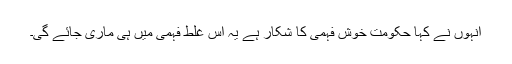
انہوں نے کہا حکومت خوش فہمی کا شکار ہے یہ اس غلط فہمی میں ہی ماری جائے گی۔